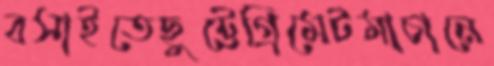
বসাইতেছুট্টেগ্রিমেটমাচানে